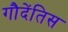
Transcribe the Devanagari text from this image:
गौदेंतिस